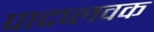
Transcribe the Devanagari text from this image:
पादप्लवक